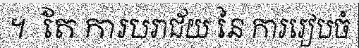
។  តែ ការបរាជ័យ នៃ ការរៀបចំ